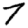
Digit: 7